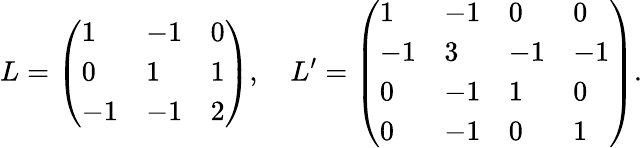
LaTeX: L=\left(\begin{array}{lll}{1}&{-1}&{0}\\ {0}&{1}&{1}\\ {-1}&{-1}&{2}\end{array}\right),~~~~L^{\prime}=\left(\begin{array}{llll}{1}&{-1}&{0}&{0}\\ {-1}&{3}&{-1}&{-1}\\ {0}&{-1}&{1}&{0}\\ {0}&{-1}&{0}&{1}\end{array}\right).